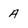
Character: A